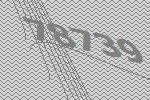
78739